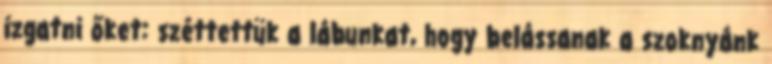
izgatni őket: széttettük a lábunkat, hogy belássanak a szoknyánk